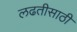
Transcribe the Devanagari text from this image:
लढतीसाठी